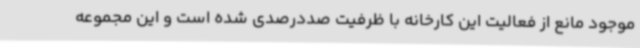
موجود مانع از فعالیت این کارخانه با ظرفیت صددرصدی شده است و این مجموعه